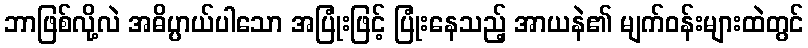
ဘာဖြစ်လို့လဲ အဓိပ္ပာယ်ပါသော အပြုံးဖြင့် ပြုံးနေသည့် အာယနဲ၏ မျက်ဝန်းများထဲတွင်